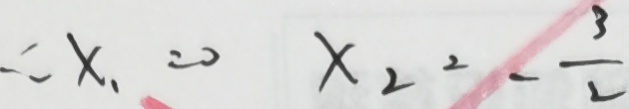
\therefore x _ { 1 } = 0 x _ { 2 } = - \frac { 3 } { 2 }